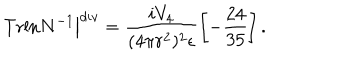
LaTeX: \left. \mathrm { T r l n } N ^ { - 1 } \right\vert ^ { d i v } = \frac { i V _ { 4 } } { ( 4 \pi r ^ { 2 } ) ^ { 2 } \epsilon } \left[ - \frac { 2 4 } { 3 5 } \right] .